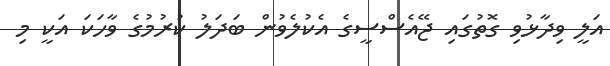
އަލީ ވިދާޅުވި ގޮތުގައި ޖޭއެސްސީގެ އެކުލެވުން ބަދަލު ކުރުމުގެ ވާހަކަ އަކީ މި